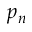
p _ { n }